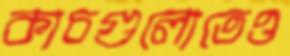
কাচগুলোতেও